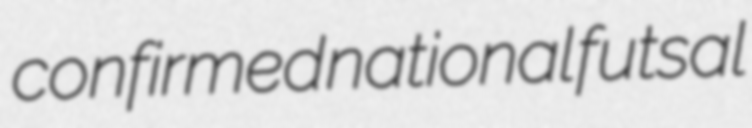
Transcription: confirmed national futsal